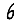
Digit: 6